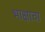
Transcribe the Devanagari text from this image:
भाक्षाचा